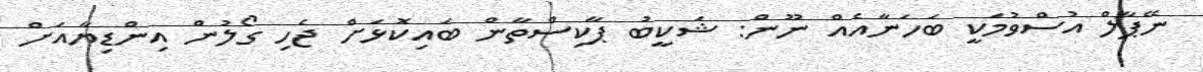
ނޭޕާލް އުސްވުމަކީ ބަހަނާއެއް ނޫން: ޝަކީބު ޕާކިސްތާން ބައިކޮޅަށް ޖެހި ގޯލުން އިންޑިޔާއަށް